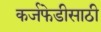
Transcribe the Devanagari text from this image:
कर्जफेडीसाठी